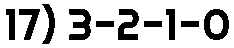
17) 3-2-1-0